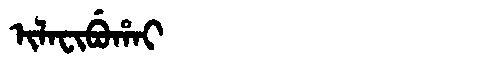
Manchu: ᡳᠯᠠᠸᡳᠪᡠᡥᠠᡳ
Romanization: ILAFIBUHAI